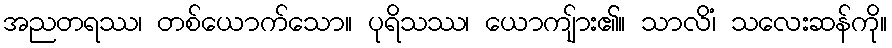
အညတရဿ၊ တစ်ယောက်သော။ ပုရိသဿ၊ ယောကျ်ား၏။ သာလိံ၊ သလေးဆန်ကို။